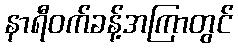
နာရီဝက်ခန့်အကြာတွင်